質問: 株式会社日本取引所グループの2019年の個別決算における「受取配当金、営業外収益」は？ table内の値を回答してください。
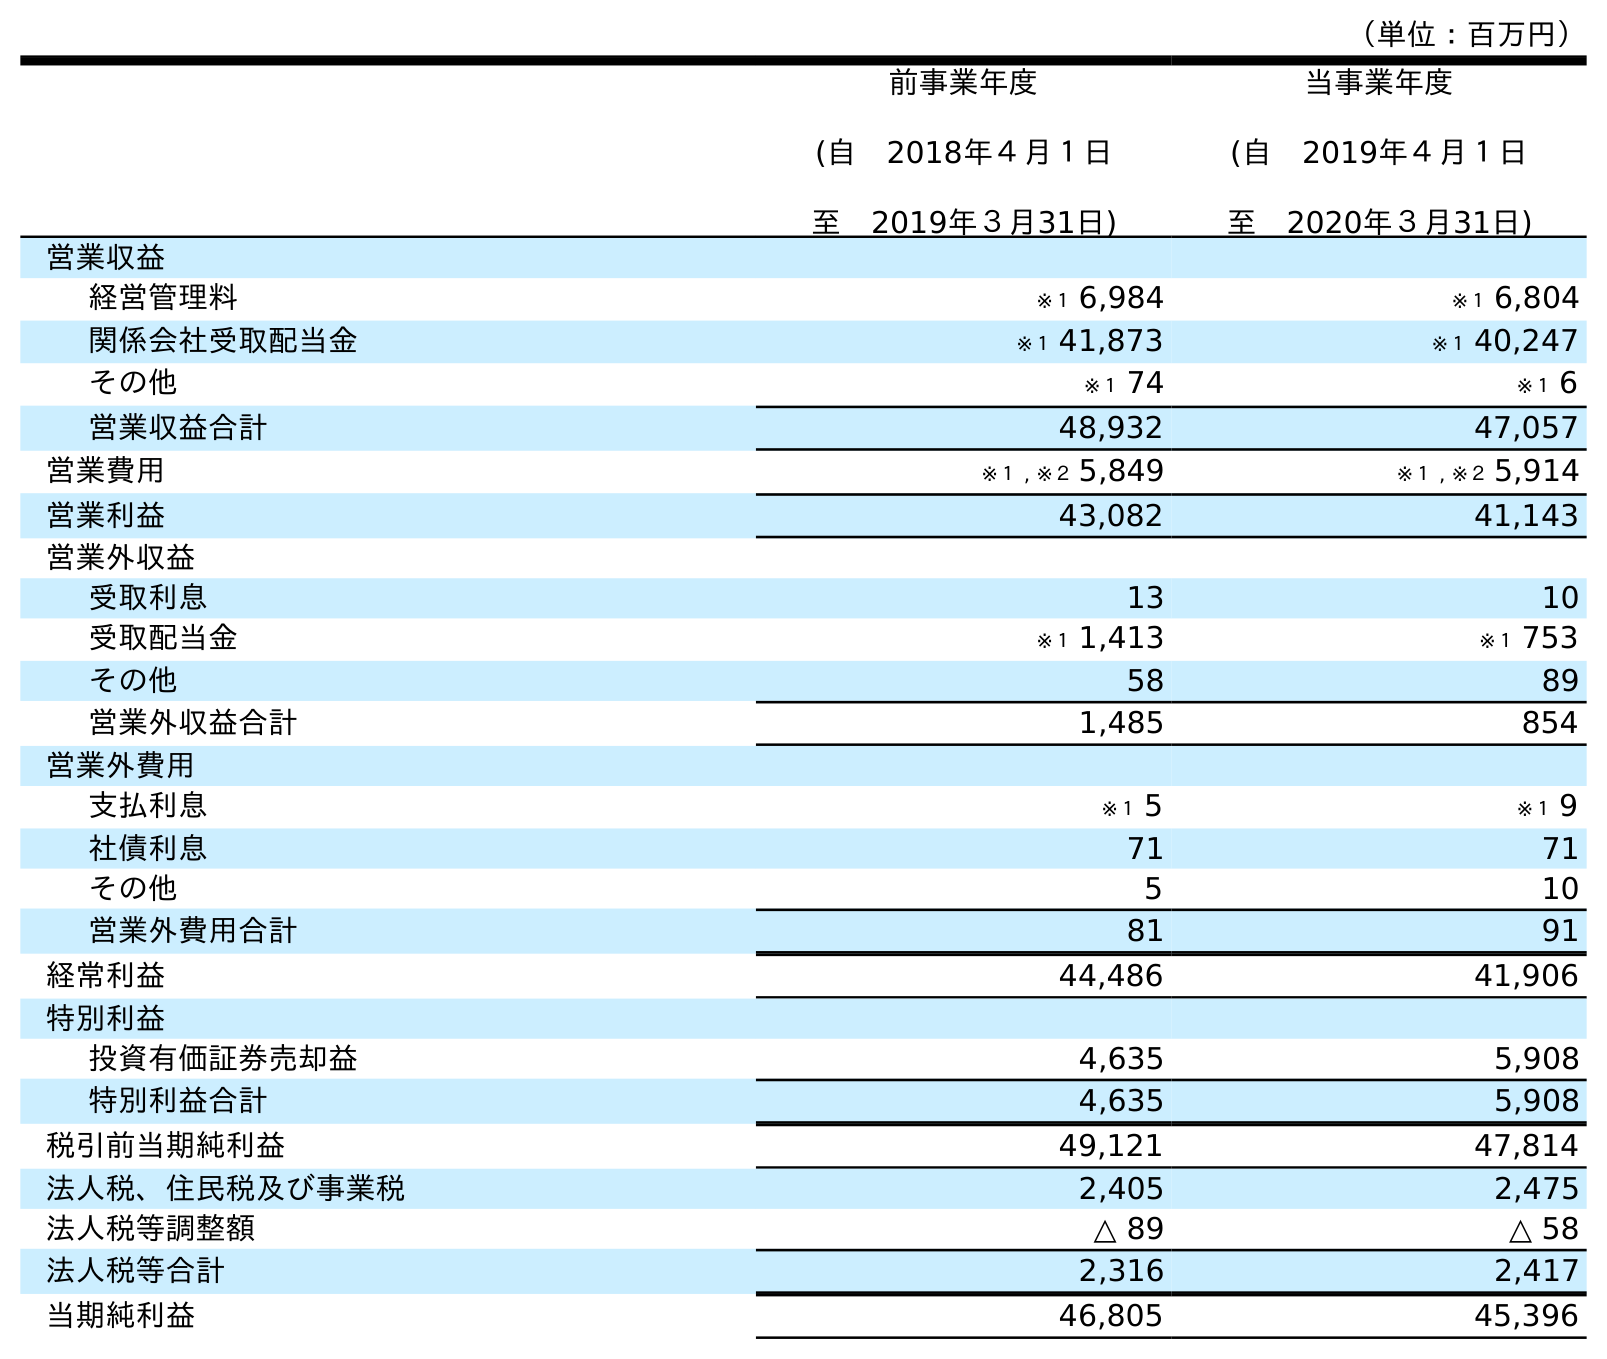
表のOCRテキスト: （単位：百万円） 前事業年度 (自 2018年４月１日 至 2019年３月31日) 当事業年度 (自 2019年４月１日 至 2020年３月31日) 営業収益 経営管理料 ※１ 6,984 ※１ 6,804 関係会社受取配当金 ※１ 41,873 ※１ 40,247 その他 ※１ 74 ※１ 6 営業収益合計 48,932 47,057 営業費用 ※１ , ※２ 5,849 ※１ , ※２ 5,914 営業利益 43,082 41,143 営業外収益 受取利息 13 10 受取配当金 ※１ 1,413 ※１ 753 その他 58 89 営業外収益合計 1,485 854 営業外費用 支払利息 ※１ 5 ※１ 9 社債利息 71 71 その他 5 10 営業外費用合計 81 91 経常利益 44,486 41,906 特別利益 投資有価証券売却益 4,635 5,908 特別利益合計 4,635 5,908 税引前当期純利益 49,121 47,814 法人税、住民税及び事業税 2,405 2,475 法人税等調整額 △ 89 △ 58 法人税等合計 2,316 2,417 当期純利益 46,805 45,396
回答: ※１1,413